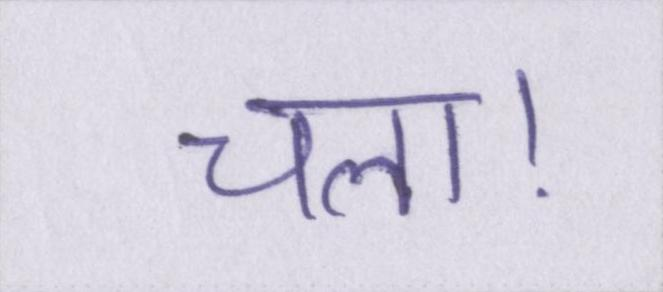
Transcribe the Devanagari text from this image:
चला।